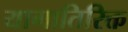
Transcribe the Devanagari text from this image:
यागातिरिक्त